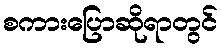
စကားပြောဆိုရာတွင်